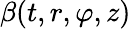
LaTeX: \beta(t,r,\varphi,z)